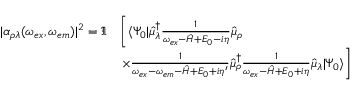
\begin{array} { r l } { | \alpha _ { \rho \lambda } ( \omega _ { e x } , \omega _ { e m } ) | ^ { 2 } = \Im } & { \left[ \langle \Psi _ { 0 } | \hat { \mu } _ { \lambda } ^ { \dagger } \frac { 1 } { \omega _ { e x } - \hat { H } + E _ { 0 } - i \eta } \hat { \mu } _ { \rho } \right. } \\ & { \left. \times \frac { 1 } { \omega _ { e x } - \omega _ { e m } - \hat { H } + E _ { 0 } + i \eta ^ { \prime } } \hat { \mu } _ { \rho } ^ { \dagger } \frac { 1 } { \omega _ { e x } - \hat { H } + E _ { 0 } + i \eta } \hat { \mu } _ { \lambda } | \Psi _ { 0 } \rangle \right] } \end{array}